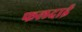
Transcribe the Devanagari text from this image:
फलदाई